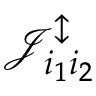
\mathcal { J } _ { i _ { 1 } i _ { 2 } } ^ { \updownarrow }